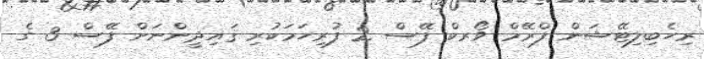
ރިހެބިލިޓޭޝަން ފްރޭމް ވޯރކް ފޭސް 2 ފުރިހަމަކުރި ޤައިދީންނަށް ފޭސް 3 ގެ